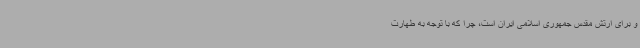
و برای ارتش مقدس جمهوری اسلامی ایران است، چرا که با توجه به طهارت